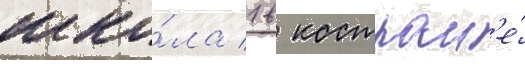
шко́ла 1 в костром'е́